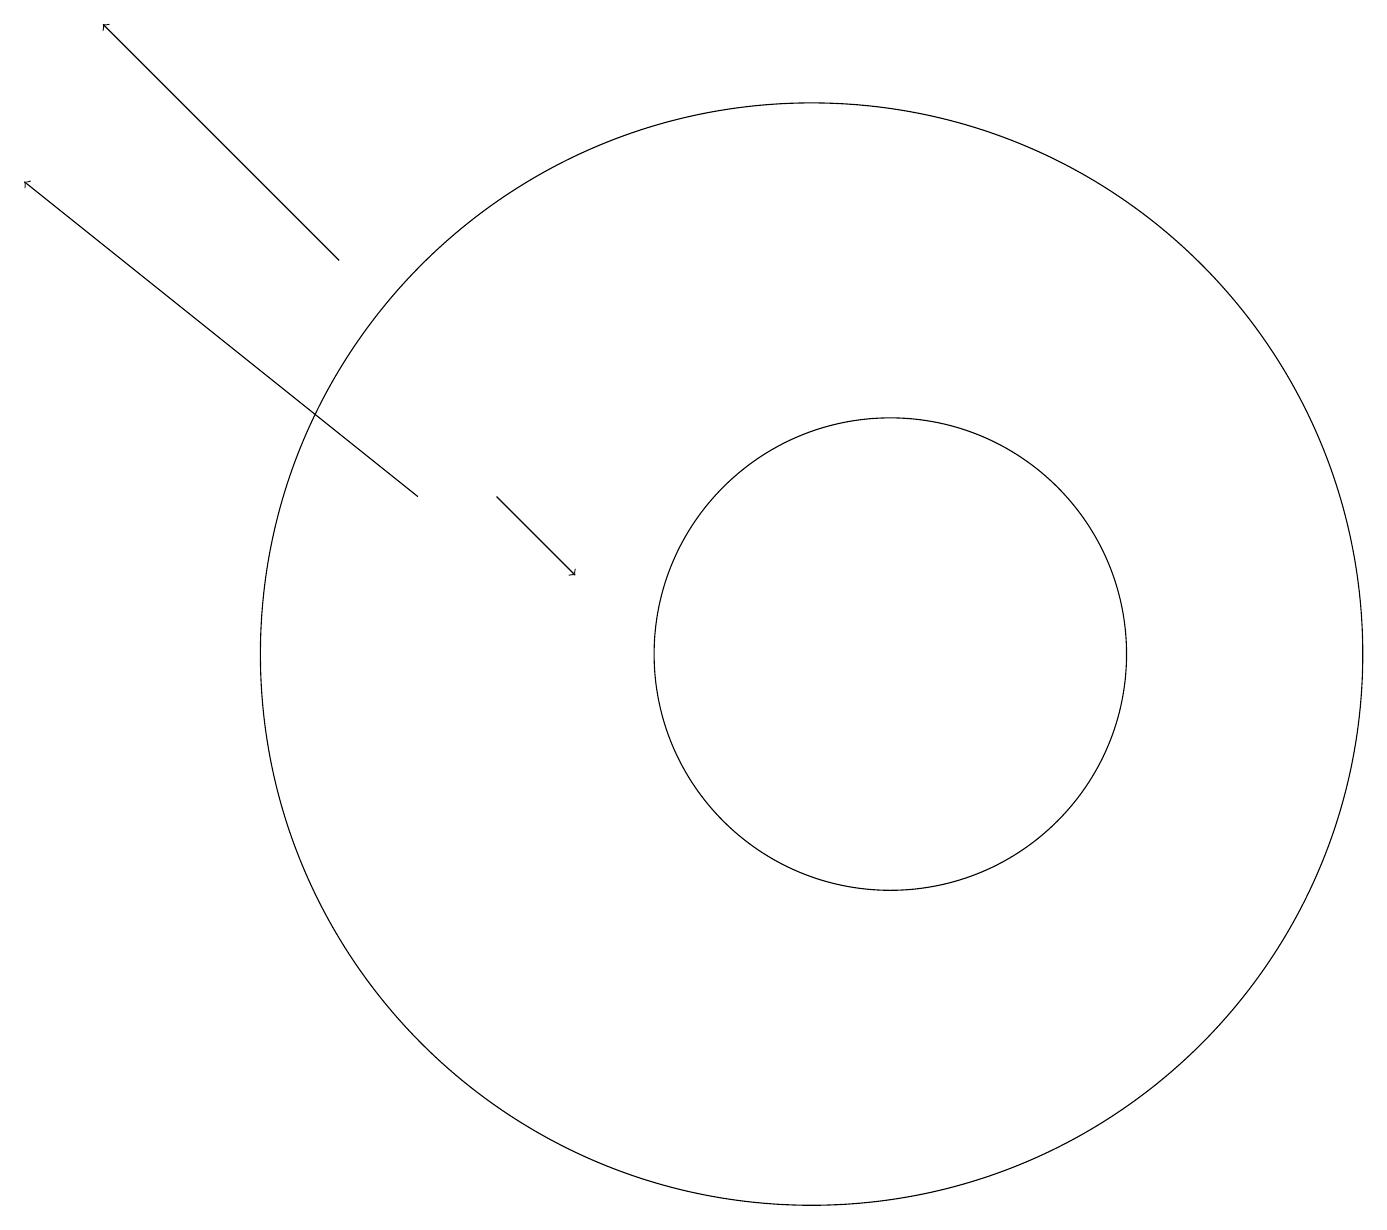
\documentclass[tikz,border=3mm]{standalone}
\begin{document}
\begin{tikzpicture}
\draw[->] (7,12) -- (8,11);
\draw[->] (6,12) -- (1,16);
\draw[->] (5,15) -- (2,18);
\draw (12,10) circle (3);
\draw (11,10) circle (7);
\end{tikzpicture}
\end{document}